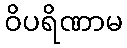
ဝိပရိဏာမ